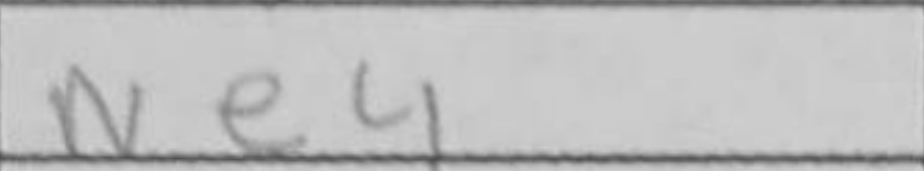
Transcription: Ne4